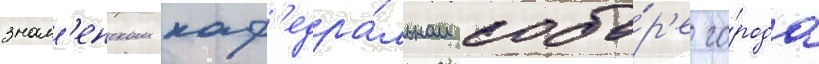
знам'енском каф'едра́льном собо́р'е го́рода